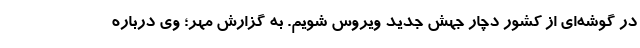
در گوشه‌ای از کشور دچار جهش جدید ویروس شویم. به گزارش مهر؛ وی درباره